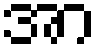
အာ